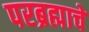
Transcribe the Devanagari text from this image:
परब्रह्माचे